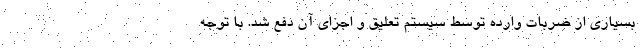
بسیاری از ضربات وارده توسط سیستم تعلیق و اجزای آن دفع شد. با توجه